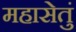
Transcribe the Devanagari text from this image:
महासेतुं